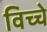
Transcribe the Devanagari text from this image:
विच्चे